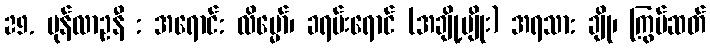
29. မုန်လာဥနီ : အရောင်: လိမ္မော်၊ ခရမ်းရောင် (အချို့မျိုး) အရသာ: ချို၊ ကြွပ်ဆတ်